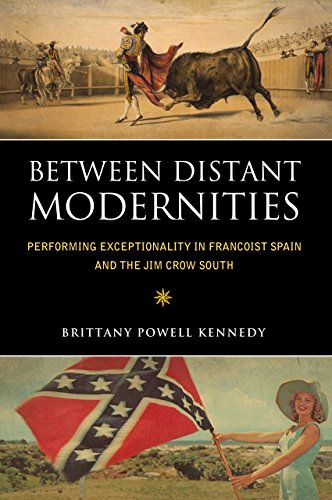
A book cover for Between Distant Modernities: Performing Exceptionality in Francoist Spain and the Jim Crow South; Brittany Powell Kennedy; Literature & Fiction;